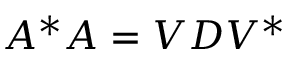
A ^ { * } A = V D V ^ { * }